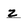
Character: z